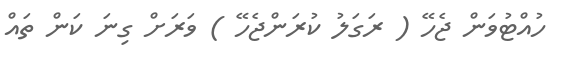
ހުއްޓުވަން ޖެހޭ ( ރަގަލު ކުރަންޖެހޭ ) ވަރަށް ގިނަ ކަން ތައް